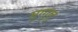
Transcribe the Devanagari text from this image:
मुग्गुलु